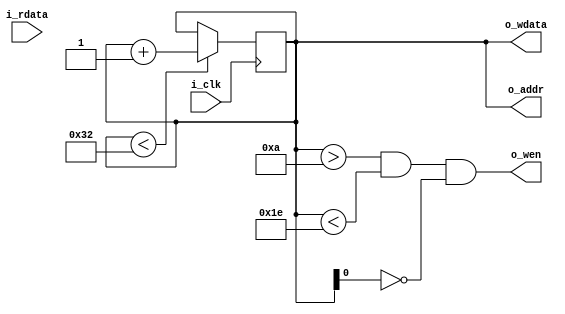
module FooWr(
    input                   i_clk,
    output                  o_wen,
    output  [7:0]           o_addr,
    output  [7:0]           o_wdata,
    input   [7:0]           i_rdata
    );
    reg     [7:0]           cnt = 0;
    always @( posedge i_clk )
        if ( cnt < 8'd50 )
            cnt     <= cnt + 8'd1;
    assign o_wen    = ( cnt > 8'd10 ) && ( cnt < 8'd30 ) && ( cnt[0] == 1'b0 );
    assign o_addr   = cnt;
    assign o_wdata  = cnt;
endmodule